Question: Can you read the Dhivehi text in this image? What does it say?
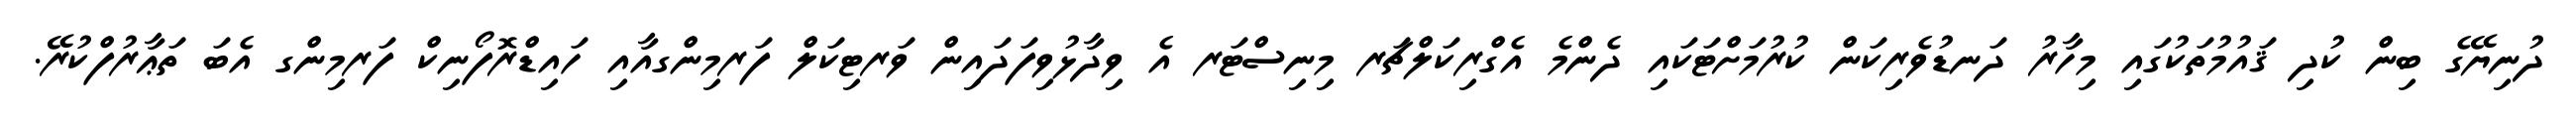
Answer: ދުނިޔޭގެ ބިން ކުދި ޤައުމުތަކުގައި މިހާރު ދަނޑުވެރިކަން ކުރުމަށްޓަކައި ދެންމެ އެގްރިކަލްޗަރ މިނިސްޓަރ އެ ވިދާޅުވިފަދައިން ވަރޓިކަލް ފަރމިންގއާއި ހައިޑްރޮފޯނިކް ފަރމިންގ އެބަ ތަޢާރުފްކުރޭ.